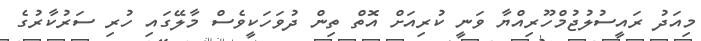
މިއަދު ރައީސުލުޖުމްހޫރިއްޔާ ވަނީ ކުރިއަށް އޮތް ތިން ދުވަހަކީވެސް މާލޭގައި ހުރި ސަރުކާރުގެ